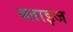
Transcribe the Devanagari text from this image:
ब्लाइज